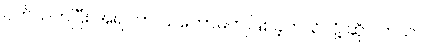
ပတ်သက်ပြီး အရင်က သဘောမကျဖြစ်ခဲ့တယ်လို့ ဆိုပါတယ်။